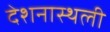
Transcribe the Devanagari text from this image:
देशनास्थली